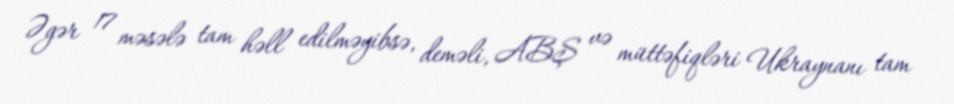
Əgər 17 məsələ tam həll edilməyibsə, deməli, ABŞ və müttəfiqləri Ukraynanı tam